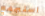
استجمع